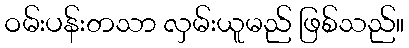
ဝမ်းပန်းတသာ လှမ်းယူမည် ဖြစ်သည်။